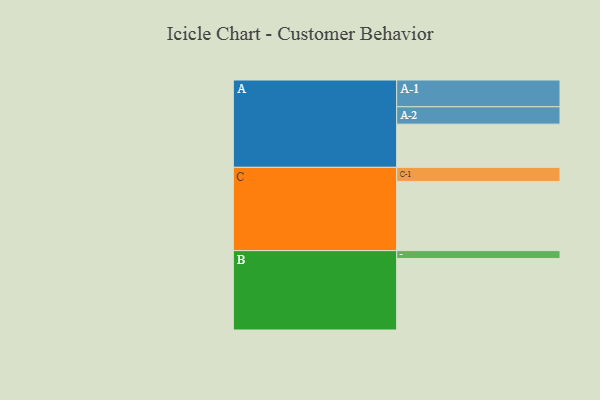
{"axis": {"x": "Segment", "y": "Value"}, "legend": ["", "A", "B", "C"], "data": [{"x": "A", "y": 331, "type": ""}, {"x": "B", "y": 548, "type": ""}, {"x": "C", "y": 530, "type": ""}, {"x": "A-1", "y": 205, "type": "A"}, {"x": "A-2", "y": 133, "type": "A"}, {"x": "B-1", "y": 60, "type": "B"}, {"x": "C-1", "y": 108, "type": "C"}]}